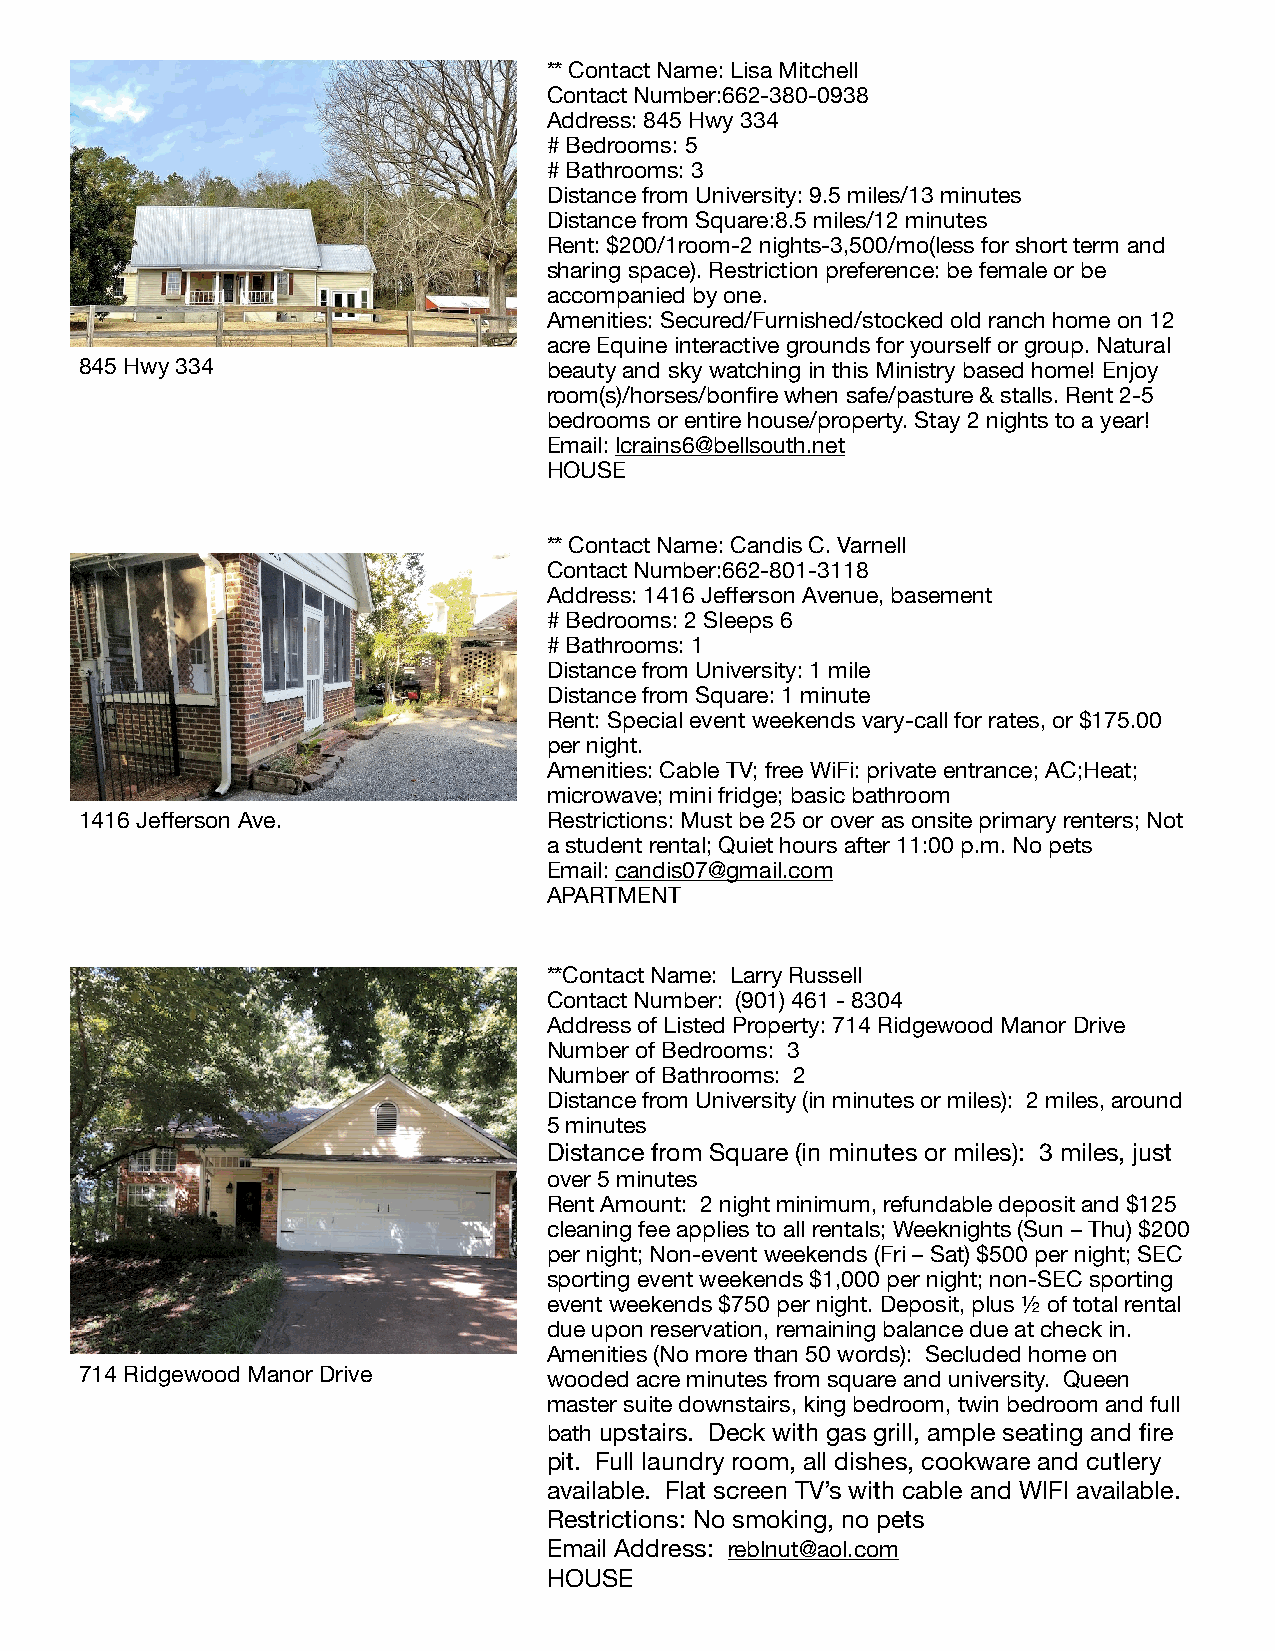
** Contact Name: Lisa Mitchell
 Contact Number:662-380-0938
 Address: 845 Hwy 334
 # Bedrooms: 5
 # Bathrooms: 3
 Distance from University: 9.5 miles/13 minutes
 Distance from Square:8.5 miles/12 minutes
 Rent: $200/1room-2 nights-3,500/mo(less for short term and
 sharing space). Restriction preference: be female or be
 accompanied by one.
 Amenities: Secured/Furnished/stocked old ranch home on 12
 acre Equine interactive grounds for yourself or group. Natural
 845 Hwy 334                    beauty and sky watching in this Ministry based home! Enjoy
 room(s)/horses/bonfire when safe/pasture & stalls. Rent 2-5
 bedrooms or entire house/property. Stay 2 nights to a year!
 Email: lcrains6@bellsouth.net
 HOUSE
 ** Contact Name: Candis C. Varnell
 Contact Number:662-801-3118
 Address: 1416 Jefferson Avenue, basement
 # Bedrooms: 2 Sleeps 6
 # Bathrooms: 1
 Distance from University: 1 mile
 Distance from Square: 1 minute
 Rent: Special event weekends vary-call for rates, or $175.00
 per night.
 Amenities: Cable TV; free WiFi: private entrance; AC;Heat;
 microwave; mini fridge; basic bathroom
 1416 Jefferson Ave.            Restrictions: Must be 25 or over as onsite primary renters; Not
 a student rental; Quiet hours after 11:00 p.m. No pets
 Email: candis07@gmail.com
 APARTMENT
 **Contact Name: Larry Russell
 Contact Number: (901) 461 - 8304
 Address of Listed Property: 714 Ridgewood Manor Drive
 Number of Bedrooms: 3
 Number of Bathrooms: 2
 Distance from University (in minutes or miles): 2 miles, around
 5 minutes
 Distance from Square (in minutes or miles): 3 miles, just
 over 5 minutes
 Rent Amount: 2 night minimum, refundable deposit and $125
 cleaning fee applies to all rentals; Weeknights (Sun – Thu) $200
 per night; Non-event weekends (Fri – Sat) $500 per night; SEC
 sporting event weekends $1,000 per night; non-SEC sporting
 event weekends $750 per night. Deposit, plus ½ of total rental
 due upon reservation, remaining balance due at check in.
 Amenities (No more than 50 words): Secluded home on
 714 Ridgewood Manor Drive      wooded acre minutes from square and university. Queen
 master suite downstairs, king bedroom, twin bedroom and full
 bath upstairs. Deck with gas grill, ample seating and fire
 pit. Full laundry room, all dishes, cookware and cutlery
 available. Flat screen TV’s with cable and WIFI available.
 Restrictions: No smoking, no pets
 Email Ad d ress: reblnut@aol.com
 HOUSE